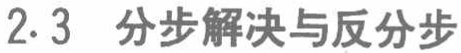
2.3 分步解决与反分步